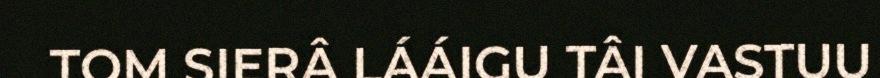
TOM SIERÂ LÁÁIGU TÂI VASTUU